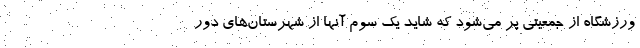
ورزشگاه از جمعیتی پُر می‌شود که شاید یک سوم آنها از شهرستان‌های دور